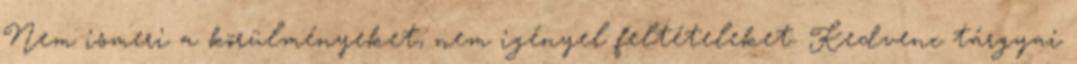
Nem ismeri a körülményeket, nem igényel feltételeket. Kedvenc tárgyai